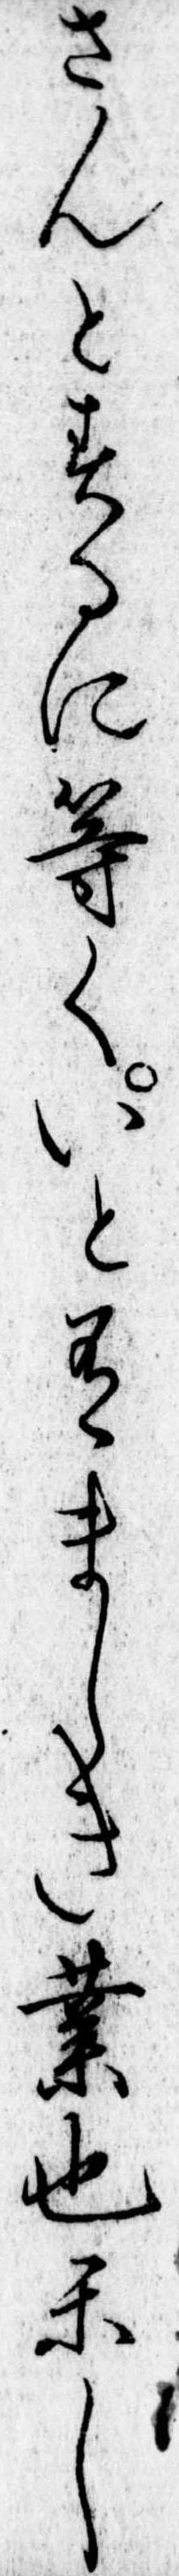
さんとするに等くいと有ましき業也かし